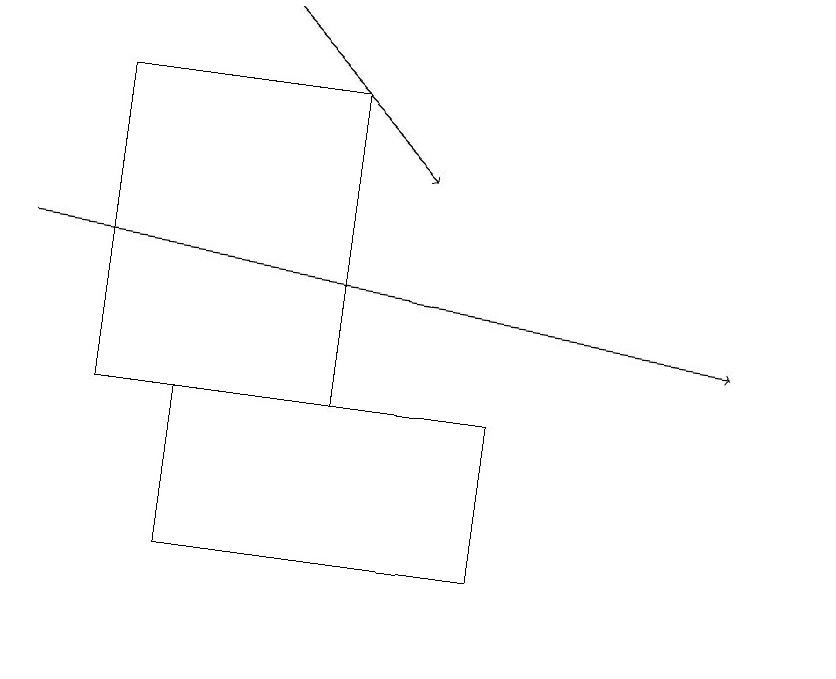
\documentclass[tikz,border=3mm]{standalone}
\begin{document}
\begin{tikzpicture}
\draw (2,14) rectangle (6,12);
\draw (4,18) rectangle (1,14);
\draw[->] (3,19) -- (5,17);
\draw (10,11) circle (0);
\draw[->] (0,16) -- (9,15);
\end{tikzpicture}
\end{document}